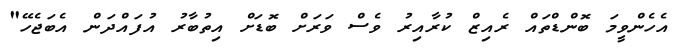
އެހެންވީމަ ބޮންޑްތައް ރެއިޒް ކުރާއިރު ވެސް ވަރަށް ބޮޑަަށް އިތުބާރު އުފައްދަން އެބަޖެހޭ"